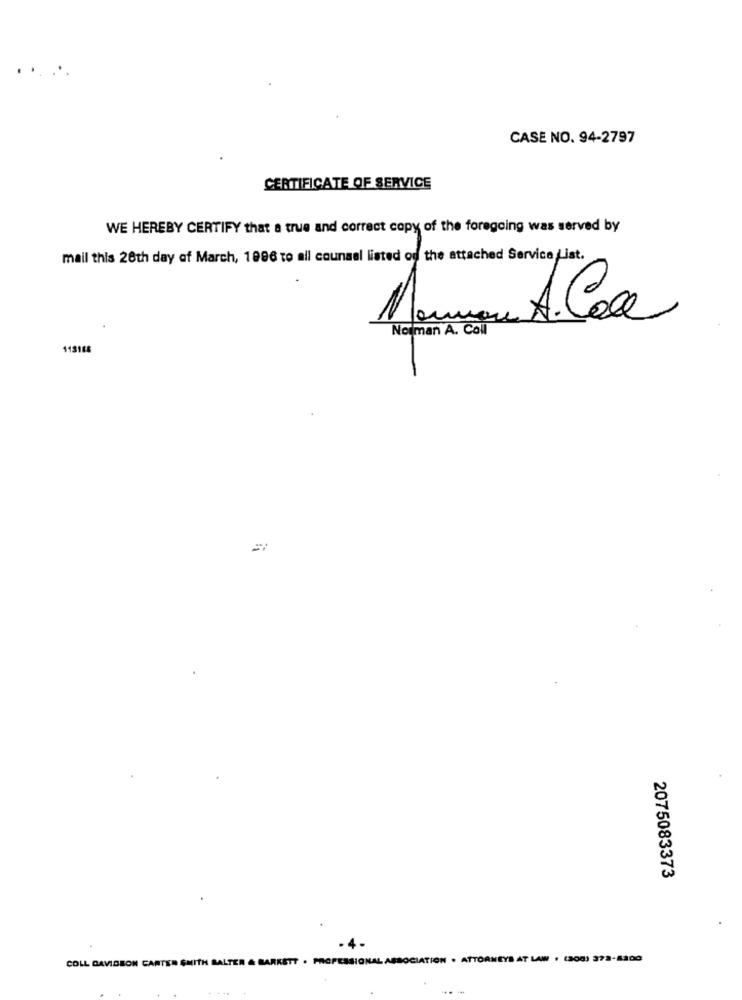
CASE NO. 94-2797
CERTIFICATE OF SERVICE
WE HEREBY CERTIFY that a true and correct copy of the foregoing was served by
mail this 20th day of March, 1996 to all counsel listed of the attached Service List.
A.Cea
Norman A. Coll
Neu
115168
2075083373
COLL DAVIDEON CARTER SMITH BALTER & BARRETT . PROFESSIONAL ASSOCIATION . ATTORNEYS AT LAW . (200) 372-8300